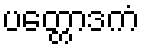
ပတ္တောဒကံ